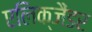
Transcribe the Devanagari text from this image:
एलिक्जैंडर